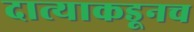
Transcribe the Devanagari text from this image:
दात्याकडूनच